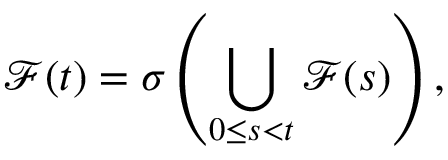
{ \mathcal { F } } ( t ) = \sigma \left( \bigcup _ { 0 \leq s < t } { \mathcal { F } } ( s ) \right) ,